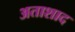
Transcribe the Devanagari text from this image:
अताशाद